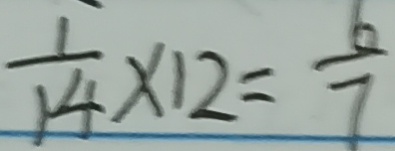
\frac { 1 } { 1 4 } \times 1 2 = \frac { 6 } { 7 }